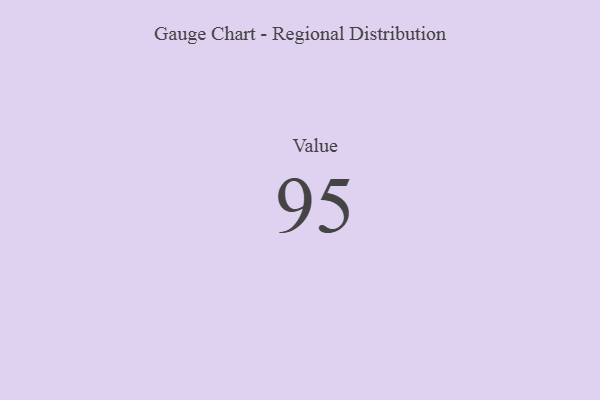
{"axis": {"x": "Metric", "y": "Value"}, "legend": [""], "data": [{"x": "Value", "y": 95, "type": ""}]}